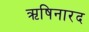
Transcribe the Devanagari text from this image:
ऋषिनारद